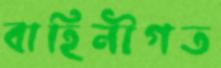
বাহিনীগত